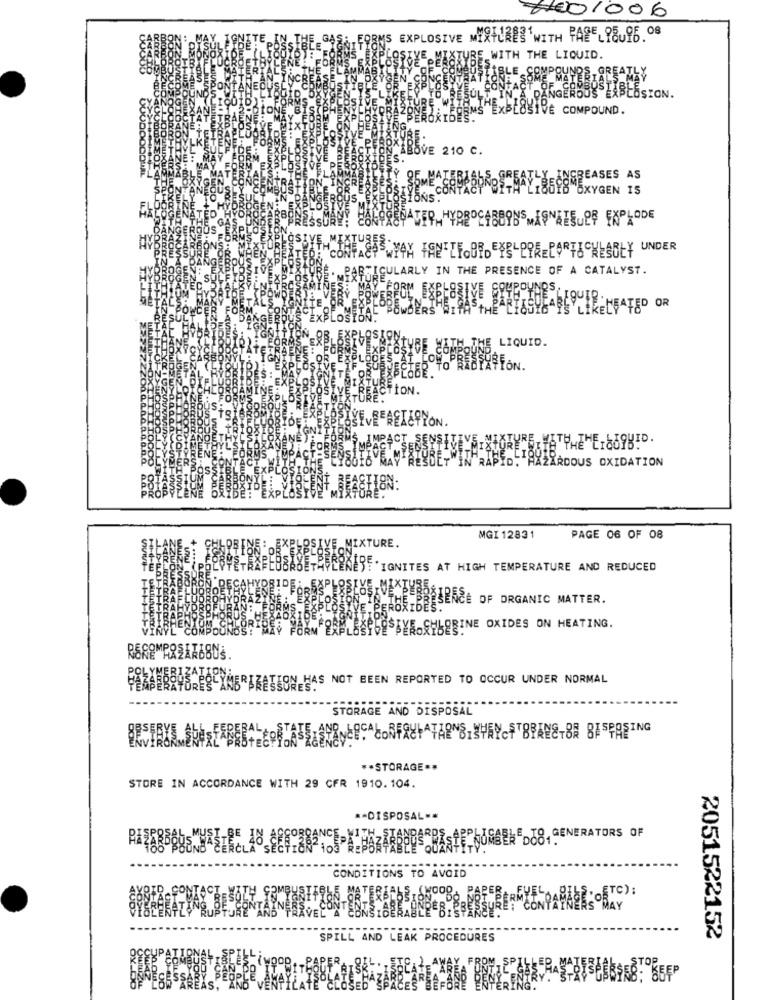
6001006
MS EXPLOSIVE MIXTURES WITH PAPEL98 96. 08
IRE WITH THE LIQUID.
BLE
MPOUNDS-GREATLY
DANGEROUS EXPLOSION.
IVE COMPOUND.
SVE 210 C.
GREASES AS
MAY 18598 OXYGEN IS
LARLY IN THE PRESENCE OF A CATALYST.
IVE
Bawde
LIKECFATED OR
THE LIQUID.
FFON.
CTION.
EVE REACTION.
,IMPACT
CYMe
TOOOO
RMS
PACT -SENSITERA
"RESDET"
N RAPID.
RDOUS OXIDATION
MGI 12831
PAGE 06 OF 08
IVE MIXTURE.
QWEST .IGNITES AT HIGH TEMPERATURE AND REDUCED
SPREE OF ORGANIC MATTER.
SOSTYROCHLORINE OXIDES ON HEATING.
ON HAS NOT BEEN REPORTED TO OCCUR UNDER NORMAL
STORAGE AND DISPOSAL
** STORAGE **
STORE IN ACCORDANCE WITH 29 CFR 1910.104.
** DISPOSAL **
CONDITIONS TO AVOID
hofTe) :
SPILL AND LEAK PROCEDURES
2051522152
SPILLER
"85ĘP